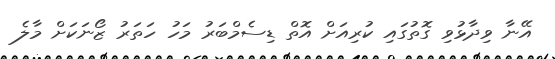
އޭނާ ވިދާޅުވި ގޮތުގައި ކުރިއަށް އޮތް ޑިސެމްބަރު މަހު ހަތަރު ޒޯނަކަށް މާލެ